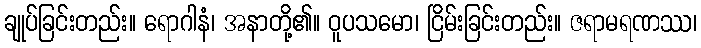
ချုပ်ခြင်းတည်း။ ရောဂါနံ၊ အနာတို့၏။ ဝူပသမော၊ ငြိမ်းခြင်းတည်း။ ဇရာမရဏဿ၊